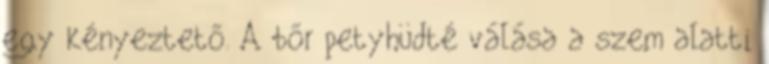
egy kényeztető. A bőr petyhüdté válása a szem alatti